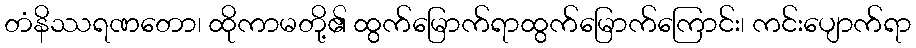
တံနိဿရဏတော၊ ထိုကာမတို့၏ ထွက်မြောက်ရာထွက်မြောက်ကြောင်း၊ ကင်းပျောက်ရာ